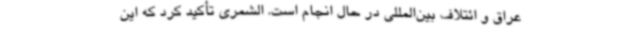
عراق و ائتلاف بین‌المللی در حال انجام است. الشمری تأکید کرد که این